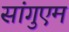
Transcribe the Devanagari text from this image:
सांगुएम